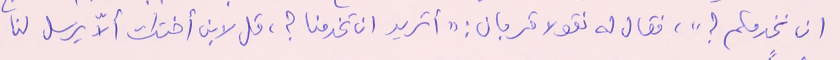
ان نخدمكم؟"، فقال له نقولا قربان: "أتريد ان تخدمنا؟، قل لابن أختك ألاّ يرسل لنا